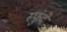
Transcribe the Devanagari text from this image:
स्फुंदे